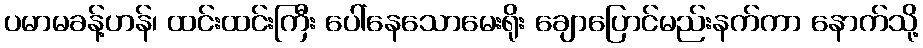
ပမာမခန့်ဟန်၊ ထင်းထင်းကြီး ပေါ်နေသောမေးရိုး ချောပြောင်မည်းနက်ကာ နောက်သို့